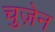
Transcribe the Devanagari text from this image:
चुज़ेन